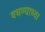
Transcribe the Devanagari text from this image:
वधण्याच्या